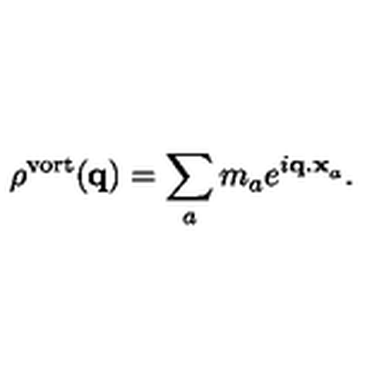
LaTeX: \rho ^ { \mathrm { v o r t } } ( { \bf q } ) = \sum _ { a } m _ { a } e ^ { i { \bf q . x } _ { a } } .